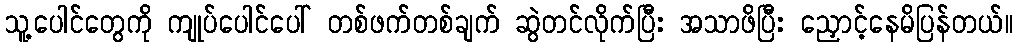
သူ့ပေါင်တွေကို ကျုပ်ပေါင်ပေါ် တစ်ဖက်တစ်ချက် ဆွဲတင်လိုက်ပြီး အသာဖိပြီး ညှောင့်နေမိပြန်တယ်။